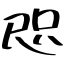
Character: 咫